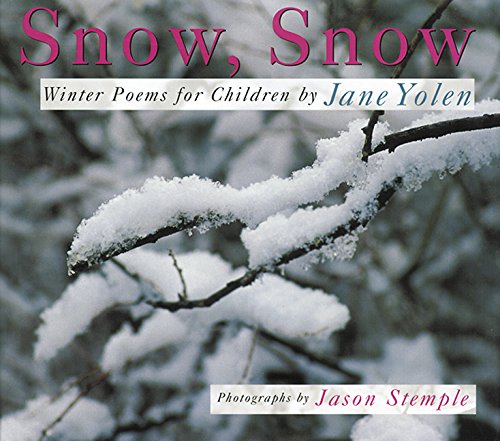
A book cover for Snow, Snow: Winter Poems for Children; Jane Yolen; Children's Books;